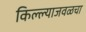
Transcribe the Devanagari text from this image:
किल्ल्याजवळचा